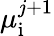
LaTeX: \mu_{\mathrm{i}}^{j+1}